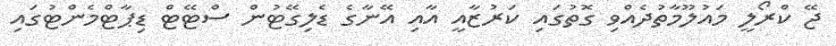
ޖޭ ކްރޯލީ މައުލޫމާތުދެއްވި ގޮތުގައި ކަރުޒާއީ އާއި އޭނާގެ ޑެލިގޭޓުން ސްޓޭޓް ޑިޕާޓްމެންޓުގައި